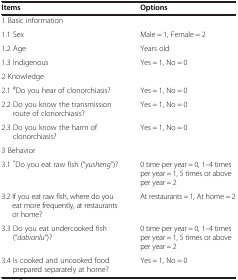
<table><thead><tr><td><b>Items</b></td><td><b>Options</b></td></tr></thead><tbody><tr><td>1 Basic information</td><td> </td></tr><tr><td>1.1 Sex</td><td>Male = 1, Female = 2</td></tr><tr><td>1.2 Age</td><td>Years old</td></tr><tr><td>1.3 Indigenous</td><td>Yes = 1, No = 0</td></tr><tr><td>2 Knowledge</td><td> </td></tr><tr><td>2.1 <sup>#</sup>Do you hear of clonorchiasis?</td><td>Yes = 1, No = 0</td></tr><tr><td>2.2 Do you know the transmission route of clonorchiasis?</td><td>Yes = 1, No = 0</td></tr><tr><td>2.3 Do you know the harm of clonorchiasis?</td><td>Yes = 1, No = 0</td></tr><tr><td>3 Behavior</td><td> </td></tr><tr><td>3.1 <sup>*</sup>Do you eat raw fish (“<i>yusheng</i>”)?</td><td>0 time per year = 0, 1–4 times per year = 1, 5 times or above per year = 2</td></tr><tr><td>3.2 If you eat raw fish, where do you eat more frequently, at restaurants or home?</td><td>At restaurants = 1, At home = 2</td></tr><tr><td>3.3 Do you eat undercooked fish (“<i>dabianlu</i>”)?</td><td>0 time per year = 0, 1–4 times per year = 1, 5 times or above per year = 2</td></tr><tr><td>3.4 Is cooked and uncooked food prepared separately at home?</td><td>Yes = 1, No = 0</td></tr></tbody></table>